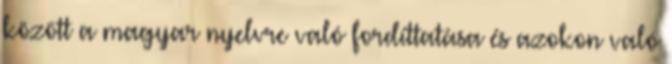
között a magyar nyelvre való fordíttatása és azokon való